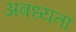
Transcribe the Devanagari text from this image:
अबध्यता